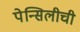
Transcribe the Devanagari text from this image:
पेन्सिलीची